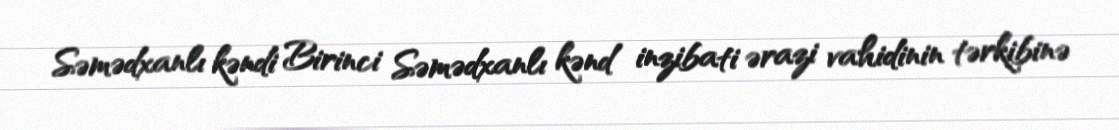
Səmədxanlı kəndi Birinci Səmədxanlı kənd inzibati ərazi vahidinin tərkibinə